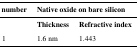
<table><thead><tr><td><b>Serial number</b></td><td colspan="2"><b>Native oxide on bare silicon</b></td></tr></thead><tbody><tr><td></td><td><b>Thickness</b></td><td><b>Refractive index</b></td></tr><tr><td>1</td><td>1.6 nm</td><td>1.443</td></tr></tbody></table>